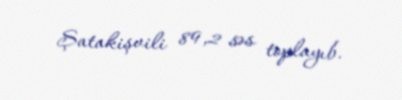
Şatakişvili 89,2 səs toplayıb.